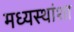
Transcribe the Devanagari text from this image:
मध्यस्थांशा